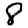
Digit: 8